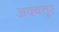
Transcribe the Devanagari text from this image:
अक्बतुर